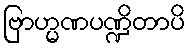
ဗြာဟ္မဏပဏ္ဍိတာပိ